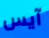
آيس